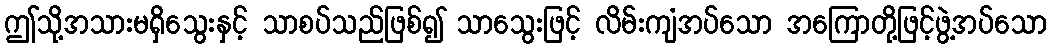
ဤသို့အသားမရှိသွေးနှင့် သာစပ်သည်ဖြစ်၍ သာသွေးဖြင့် လိမ်းကျံအပ်သော အကြောတို့ဖြင့်ဖွဲ့အပ်သော